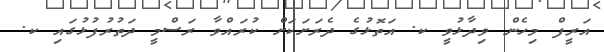
އަރީފް މިހެން ވިދާޅުވީ ކ. އަތޮޅުގެ ދެރަށަކަށް ކުރައްވާ ރަސްމީ ދަތުރުފުޅުގައި ކ.